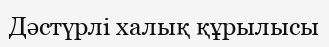
Дәстүрлі халық құрылысы